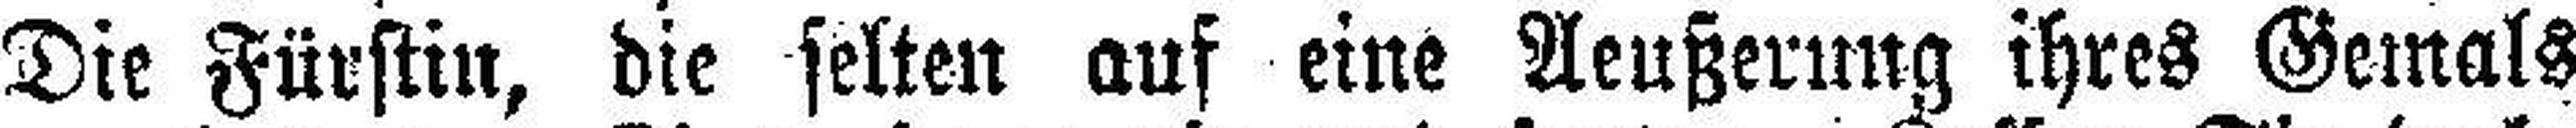
Die Fürstin, die selten auf eine Aeußerung ihres Gemals